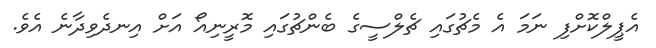
އެޕީލްކޮށްފި ނަމަ އެ މެޗުގައި ޗެލްސީގެ ބެންޗުގައި މޮރީނިއޯ އަށް އިނދެވިދާނެ އެވެ.